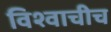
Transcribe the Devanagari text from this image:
विश्वाचीच